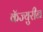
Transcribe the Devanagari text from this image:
कॅज्युरीन